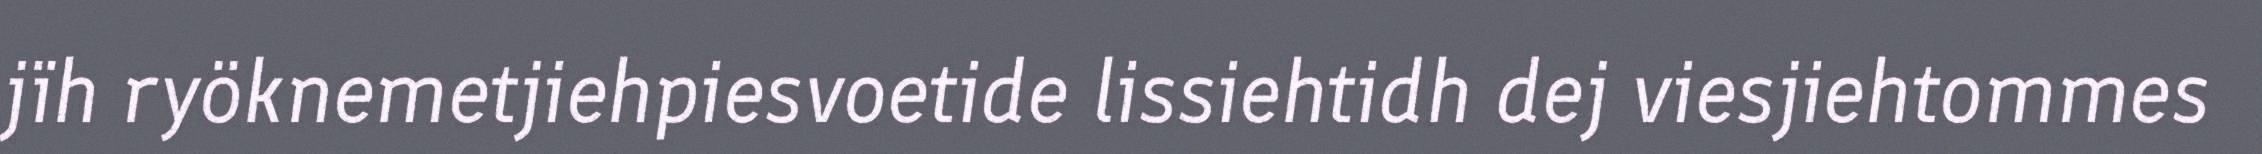
jïh ryöknemetjiehpiesvoetide lissiehtidh dej viesjiehtommes